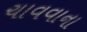
ચાવવાના